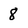
Character: 8